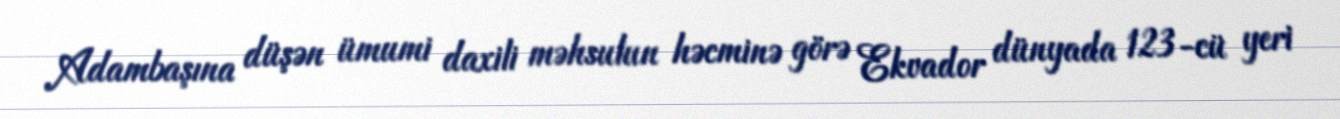
Adambaşına düşən ümumi daxili məhsulun həcminə görə Ekvador dünyada 123-cü yeri